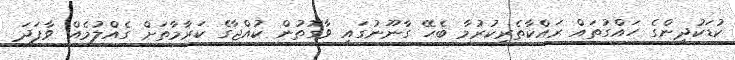
ކުޑަކުދިންގެ ހައްގުތައް ރައްކާތެރިކުރުމާ ބެހޭ ގާނޫނުގައި ވާގޮތުން ކުއްޖާގެ ކަރާމާތަށް ގެއްލުމެއް ވާފަދަ